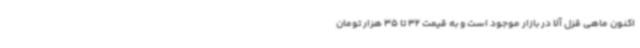
اکنون ماهی قزل آلا در بازار موجود است و به قیمت 32 تا 35 هزار تومان